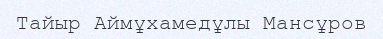
Тайыр Аймұхамедұлы Мансұров